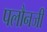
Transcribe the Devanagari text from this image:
पलौनजी